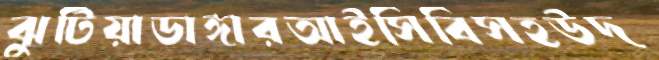
ঝুটিয়াডাঙ্গারআইসিবিসহউদ